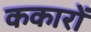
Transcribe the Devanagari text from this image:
ककारों